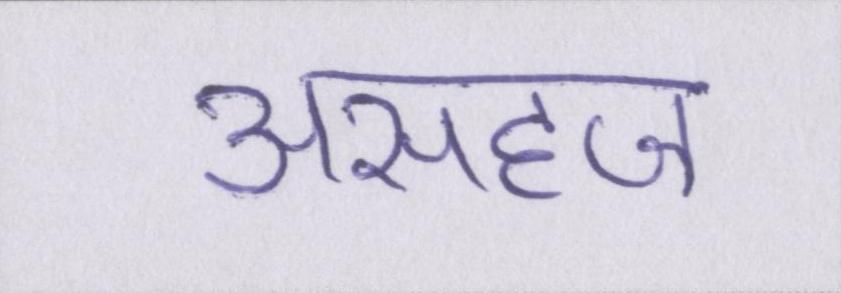
असहज